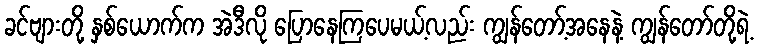
ခင်ဗျားတို့ နှစ်ယောက်က အဲဒီလို ပြောနေကြပေမယ့်လည်း ကျွန်တော့်အနေနဲ့ ကျွန်တော်တို့ရဲ့